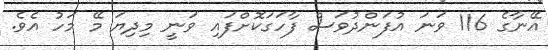
އޭނާގެ 116 ވަނަ އުފަންދުވަސް ފާހަގަކޮށްފައި ވަނީ މިދިޔަ މޭ މަހު އެވެ.